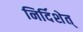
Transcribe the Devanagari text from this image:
निर्दिशेत्